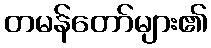
တမန်တော်များ၏